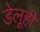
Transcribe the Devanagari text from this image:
डेलूही